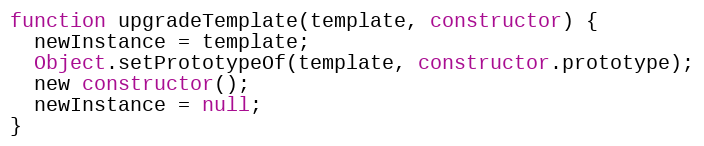
Language: JavaScript
function upgradeTemplate(template, constructor) {
  newInstance = template;
  Object.setPrototypeOf(template, constructor.prototype);
  new constructor();
  newInstance = null;
}